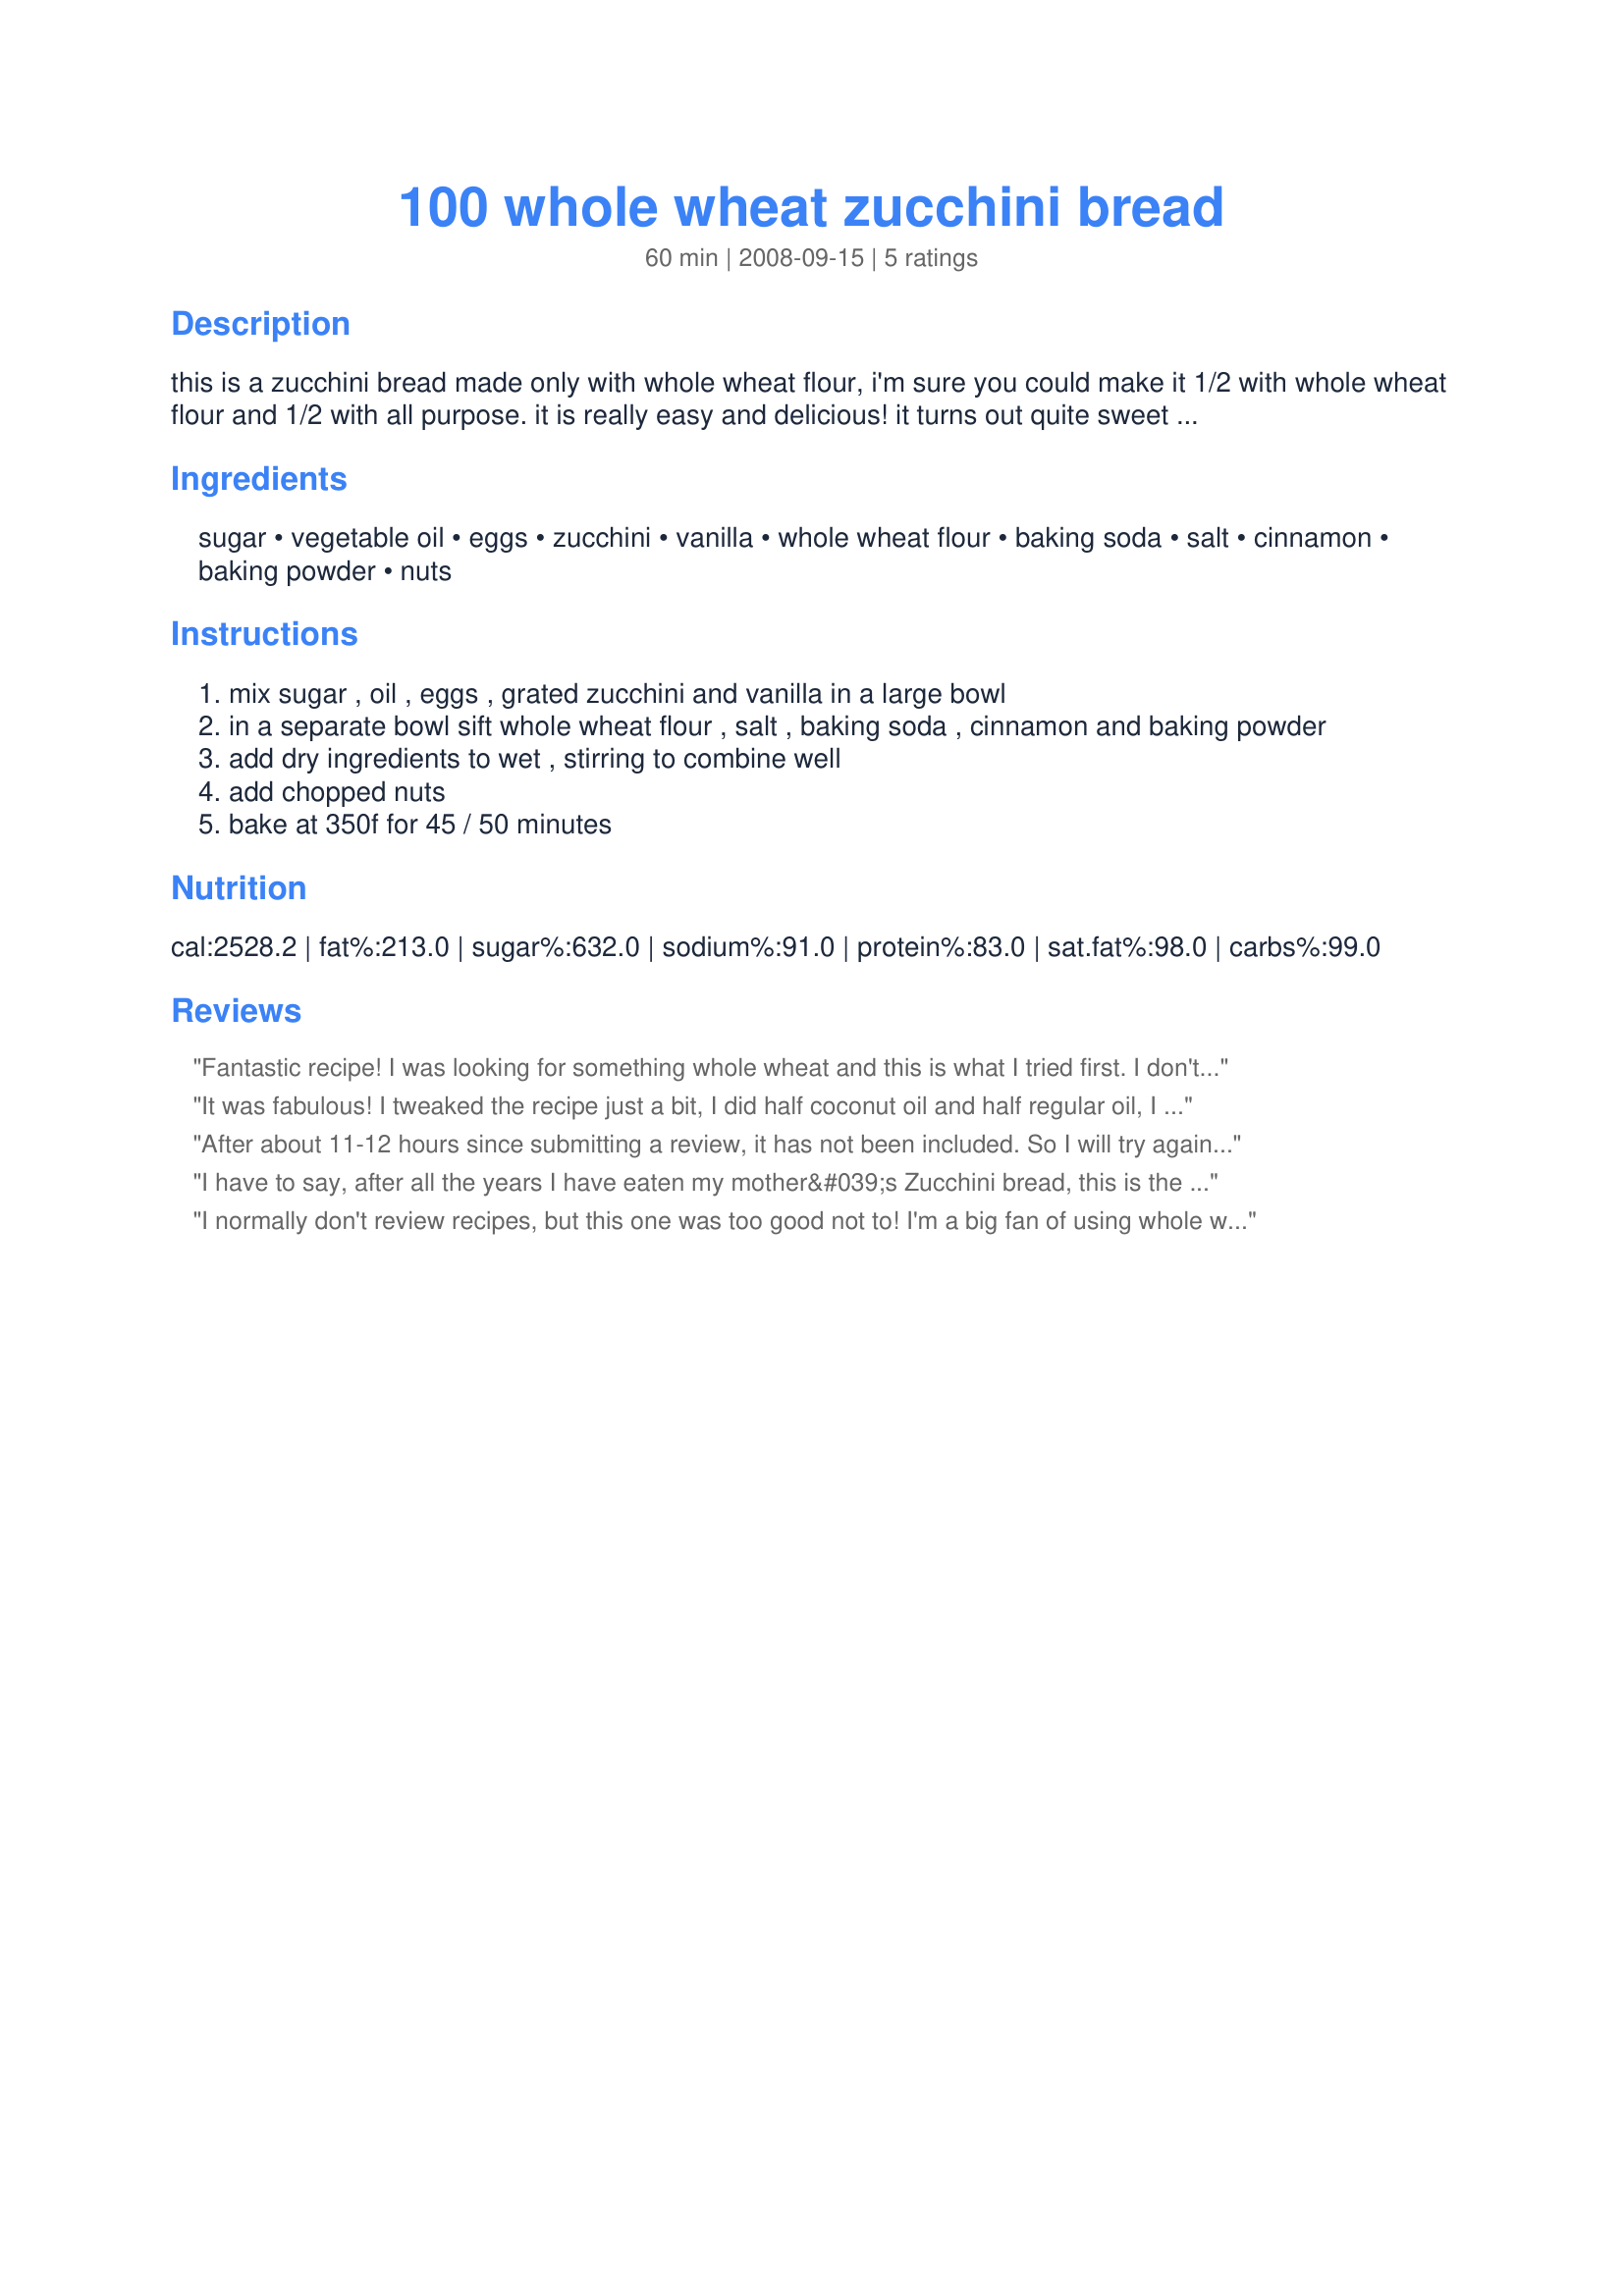
100 whole wheat zucchini bread
Preparation time: 60 minutes

this is a zucchini bread made only with whole wheat flour, i'm sure you could make it 1/2 with whole wheat flour and 1/2 with all purpose. it is really easy and delicious! it turns out quite sweet with 1 1/2 cups of sugar so if you're trying to cut back on sugar i think only 1 cup would be enough
--> this recipe makes 2 loaves

Ingredients:
sugar, vegetable oil, eggs, zucchini, vanilla, whole wheat flour, baking soda, salt, cinnamon, baking powder, nuts

Steps:
mix sugar , oil , eggs , grated zucchini and vanilla in a large bowl
in a separate bowl sift whole wheat flour , salt , baking soda , cinnamon and baking powder
add dry ingredients to wet , stirring to combine well
add chopped nuts
bake at 350f for 45 / 50 minutes

Reviews:
Fantastic recipe! I was looking for something whole wheat and this is what I tried first. I don't think I'll be trying any more because this is it! It isn't gooy like many zucchini breads are. This is less of a desert and more of a bread. Love it! -- update, this is great as a loaf of bread or as muffins. Be sure to use about 2 cups of zucchini with excessive water drained.
It was fabulous! I tweaked the recipe just a bit, I did half coconut oil and half regular oil, I also added 2 spoons of flax seed powder. It was amazing!! I'm definitely keeping this recipe for ever!! I love it, love it!!
After about 11-12 hours since submitting a review, it has not been included. So I will try again, this time with a bit more feedback.

The bread is tasty, but it did not rise. I had checked the expiration date on the baking powder before beginning, so I know that&#039;s not the problem. The recipe on the website shows only 1/4 teaspoon of baking powder. That doesn&#039;t seem like nearly enough for two loaves of bread. It makes me wonder if the baking powder measurement might have been accidentally altered somehow. Another possibility is that I used stevia (in a form for baking) instead of sugar. That should not affect the rising, though. For others who might be diabetic or otherwise wanting to limit your sugar intake, I could not tell that sugar was not used. As I said in the beginning, the bread was tasty.
I have to say, after all the years I have eaten my mother&#039;s Zucchini bread, this is the best. It is so flavorful, with all that cinnamon and sugar and yet it still has the benefits from whole wheat flour. Just like the other review said, the bread is not &quot;gooey&quot; at all. It is so wonderfully delicious. It rose just fine, even though I baked it in a square glass pan instead of a bread pan, it was great! Kudos to whoever came up with this recipe, and thank you. Oh yeah, I used Walnuts from my tree out side, so that could make a difference, but I don&#039;t think so. Again, THANK YOU!
I normally don't review recipes, but this one was too good not to! I'm a big fan of using whole wheat flour. This bread not only tastes delicious, it is moist and raises well! When zucchini is in season (hence coming out of our ears!), I like to grate it and freeze it in 2 cup portions ready for this recipe! The best (and healthiest!) zucchini bread recipe I've found by far! THANK YOU!
